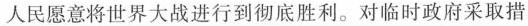
人民愿意将世界大战进行到彻底胜利。对临时政府采取